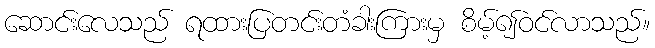
ဆောင်းလေသည် ရထားပြတင်းတံခါးကြားမှ စိမ့်၍ဝင်လာသည်။